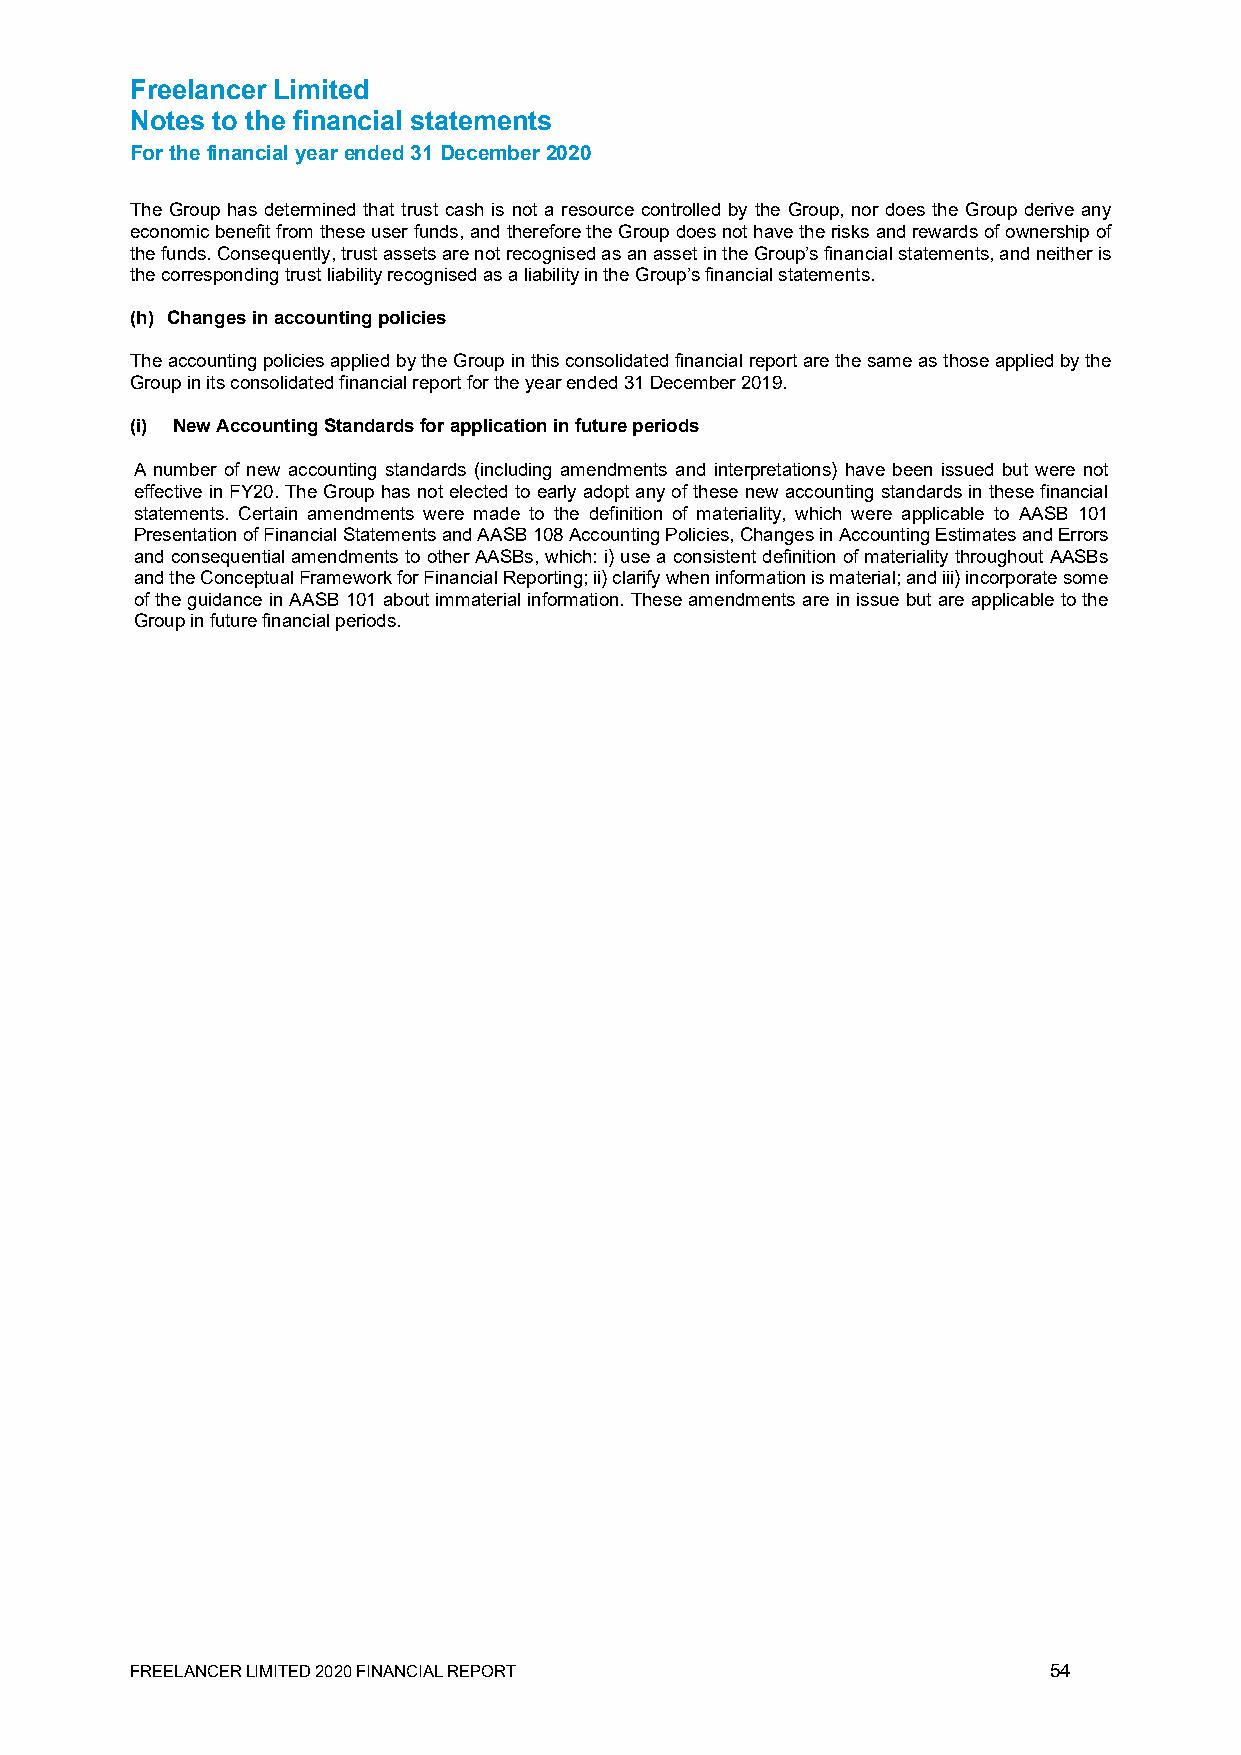
Freelancer Limited
 Notes to the financial statements
 For the financial year ended 31 December 2020
 The Group has determined that trust cash is not a resource controlled by the Group, nor does the Group derive any
 economic benefit from these user funds, and therefore the Group does not have the risks and rewards of ownership of
 the funds. Consequently, trust assets are not recognised as an asset in the Group’s financial statements, and neither is
 the corresponding trust liability recognised as a liability in the Group’s financial statements.
 (h) Changes in accounting policies
 The accounting policies applied by the Group in this consolidated financial report are the same as those applied by the
 Group in its consolidated financial report for the year ended 31 December 2019.
 (i) New Accounting Standards for application in future periods
 A number of new accounting standards (including amendments and interpretations) have been issued but were not
 effective in FY20. The Group has not elected to early adopt any of these new accounting standards in these financial
 statements. Certain amendments were made to the definition of materiality, which were applicable to AASB 101
 Presentation of Financial Statements and AASB 108 Accounting Policies, Changes in Accounting Estimates and Errors
 and consequential amendments to other AASBs, which: i) use a consistent definition of materiality throughout AASBs
 and the Conceptual Framework for Financial Reporting; ii) clarify when information is material; and iii) incorporate some
 of the guidance in AASB 101 about immaterial information. These amendments are in issue but are applicable to the
 Group in future financial periods.
 FREELANCER LIMITED 2020 FINANCIAL REPORT                    54